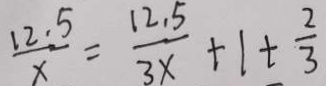
\frac { 1 2 . 5 } { x } = \frac { 1 2 . 5 } { 3 x } + 1 + \frac { 2 } { 3 }